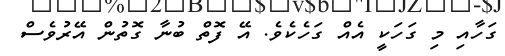
ގަހާއި މި ގަހަކީ އެއް ގަހެކެވެ. އޭ ފޮތް ބުނާ ގޮތުން އޭރުވެސް